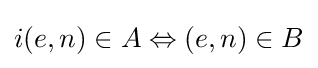
i(e,n)\in A\Leftrightarrow (e,n)\in B